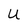
Character: U